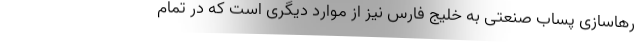
رهاسازی پساب صنعتی به خلیج فارس نیز از موارد دیگری است که در تمام